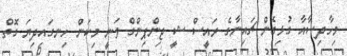
މިހާދިސާއާ ގުޅިގެން ޗައިނާގެ ރައީސް ޝީ ޖިންޕިންގް ވަނީ މިކަން ހިނގައިދިޔަ ގޮތް